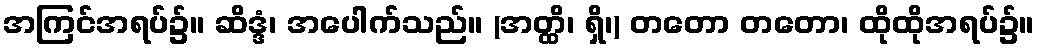
အကြင်အရပ်၌။ ဆိဒ္ဒံ၊ အပေါက်သည်။ (အတ္ထိ၊ ရှိ၊) တတော တတော၊ ထိုထိုအရပ်၌။